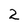
Character: 2